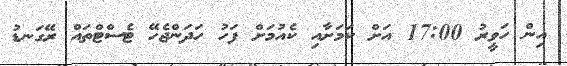
އިން ހަވީރު 17:00 އަށް ކަމަށާއި ކެއުމަށް ފަހު ހަދަންޖެހޭ ޓެސްޓްތައް ރޭގަނޑު